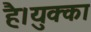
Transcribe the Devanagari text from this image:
है।युक्का